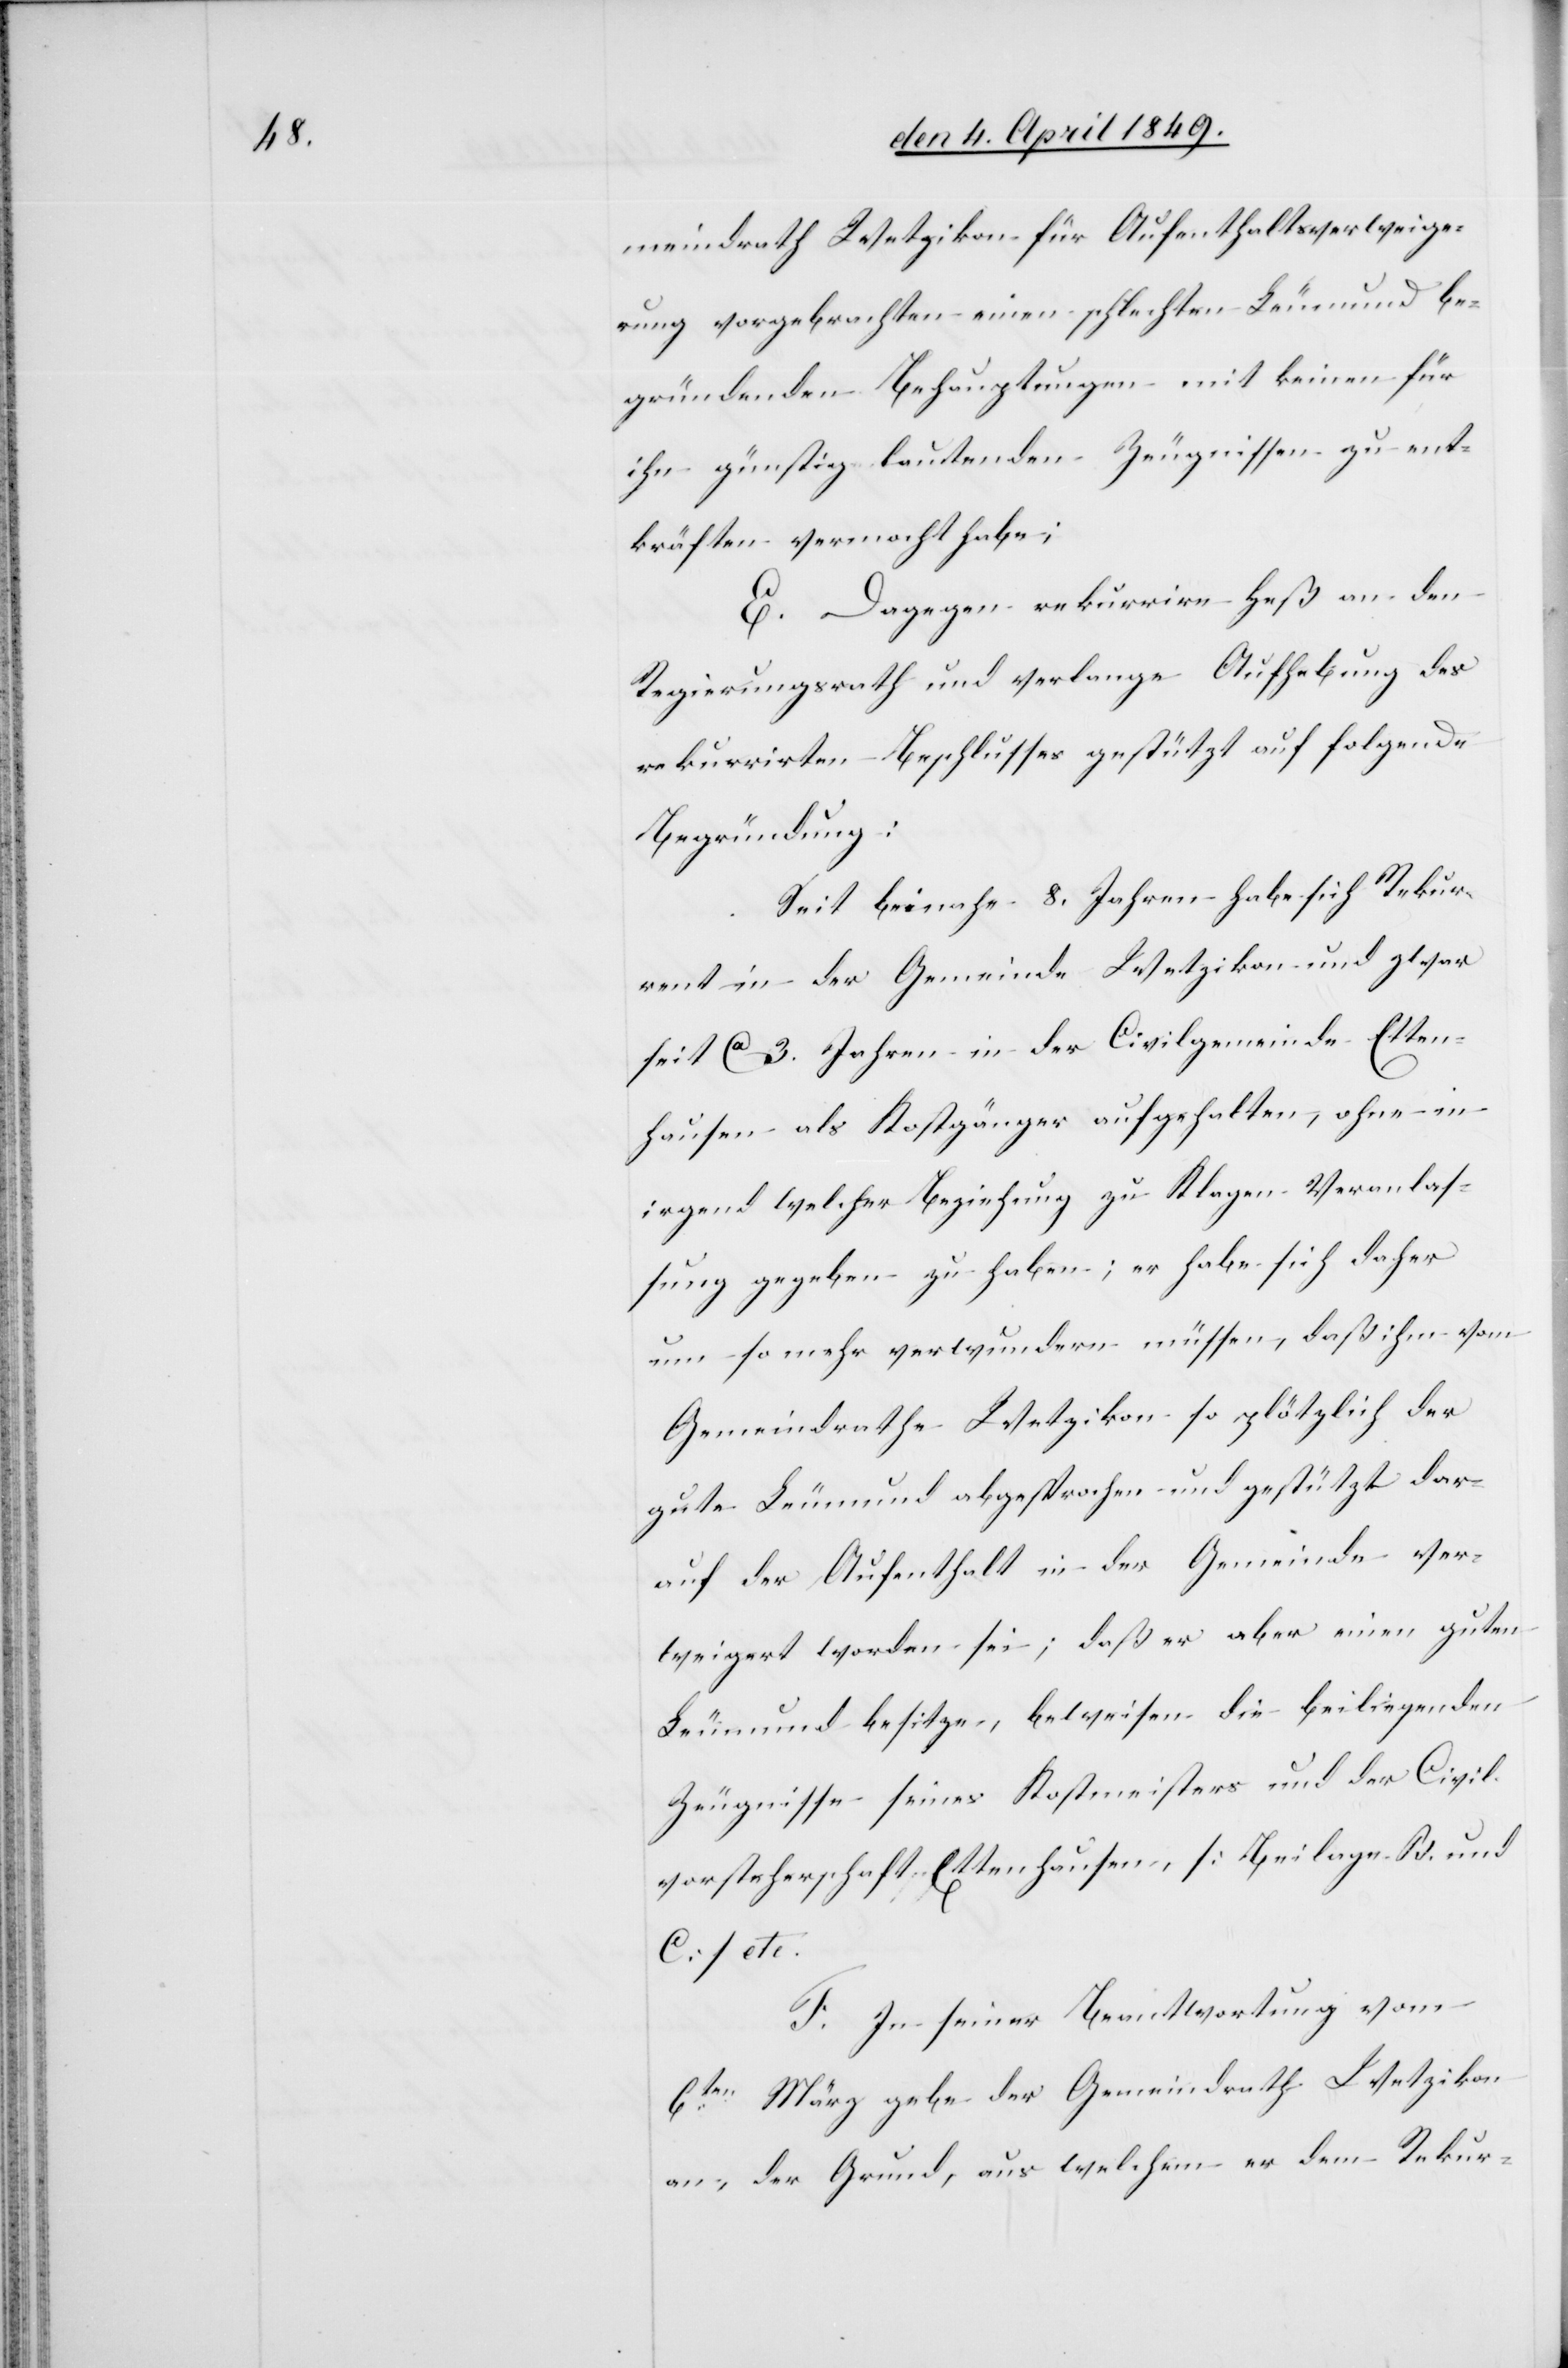
meindrath Wetzikon für Aufenthaltsverweige¬
rung vorgebrachten einen schlechten Leumund be¬
gründenden Behauptungen mit keinen für
ihn günstig lautenden Zeugnissen zu ent¬
kräften vermocht habe;
E. Dagegen rekurrire Heß an den
Regierungsrath und verlange Aufhebung des
rekurrirten Beschlusses gestützt auf folgende
Begründung:
Seit beinahe 8. Jahren habe sich Rekur¬
rent in der Gemeinde Wetzikon und zwar
seit ca 3. Jahren in der Civilgemeinde Etten¬
hausen als Kostgänger aufgehalten, ohne in
irgend welcher Beziehung zu Klagen Veranlas¬
sung gegeben zu haben; er habe sich daher
um so mehr verwundern müssen, daß ihm vom
Gemeindrathe Wetzikon so plötzlich der
gute Leumund abgesprochen und gestützt dar¬
auf der Aufenthalt in der Gemeinde ver¬
weigert worden sei; daß er aber einen guten
Leumund besitze, beweisen die beiliegenden
Zeugnisse seines Kostmeisters und der Civil¬
vorsteherschaft Ettenhausen, [Beilage B. und
C] etc.
F. In seiner Beantwortung vom
6ten März gebe der Gemeindrath Wetzikon
an, der Grund, aus welchem er dem Rekur-